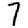
Digit: 7